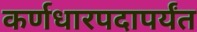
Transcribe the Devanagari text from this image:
कर्णधारपदापर्यंत